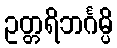
ဥတ္တရိဘင်္ဂမ္ပိ